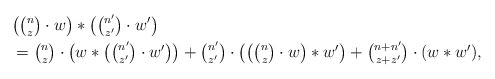
\begin{align*} &\big(\tbinom{n}{z} \cdot w \big)\ast\big( \tbinom{n'}{z'} \cdot w'\big)\\ &= \tbinom{n}{z} \cdot \big(w \ast \big(\tbinom{n'}{z'} \cdot w'\big)\big)+ \tbinom{n'}{z'} \cdot \big(\big( \tbinom{n}{z} \cdot w\big) \ast w'\big)+ \tbinom{n+n'}{z+z'} \cdot (w \ast w'),\end{align*}